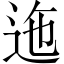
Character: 迤